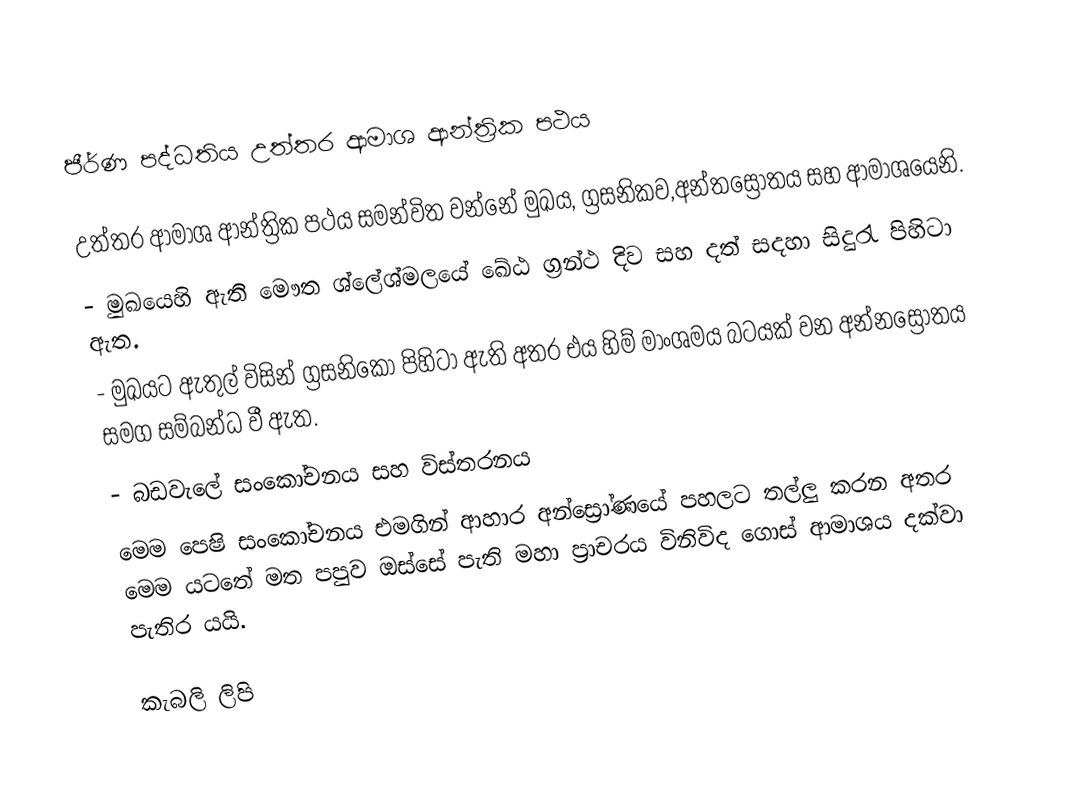
ජීර්ණ පද්ධතිය උත්තර ආමාශ ආන්ත්‍රික පථය

උත්තර ආමාශ ආන්ත්‍රික පථය සමන්විත වන්නේ මුඛය, ග්‍රසනිකව,අන්තස්‍රෝතය සහ ආමාශයෙනි.
-	මුඛයෙහි ඇති මෞත ශ්ලේශ්මලයේ ඛේඨ ග්‍රන්ථ දිව සහ දත් සදහා සිදුරැ පිහිටා ඇත.
-	මුඛයට ඇතුල් විසින් ග්‍රසනිකො පිහිටා ඇති අතර එය හිම් මාංශමය බටයක් වන අන්නස්‍රෝතය සමග සම්බන්ධ වී ඇත.
-	බඩවැලේ සංකෝචනය සහ විස්තරනය
මෙම පෙෂි සංකෝචනය එමගින් ආහාර අන්ස්‍රෝණයේ පහලට තල්ලු කරන අතර මෙම යටතේ මත පපුව ඔස්සේ පැති මහා ප්‍රාචරය විනිවිද ගොස් ආමාශය දක්වා පැතිර යයි.

කැබලි ලිපි